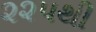
૨૨પથી